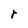
Character: r